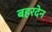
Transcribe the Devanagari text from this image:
बहरदेन